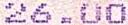
26.00